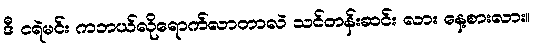
ဒီ ငရဲမင်း ကဘယ်လိုရောက်လာတာလဲ သင်တန်းဆင်း လား နေ့စားလား။